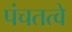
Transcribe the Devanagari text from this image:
पंचतत्वे